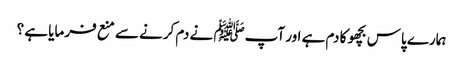
ہمارے پاس بچھو کا دم ہے اور آپﷺ نے دم کرنے سے منع فرمایا ہے ؟